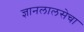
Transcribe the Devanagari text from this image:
ज्ञानलालसेचा